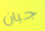
جبان